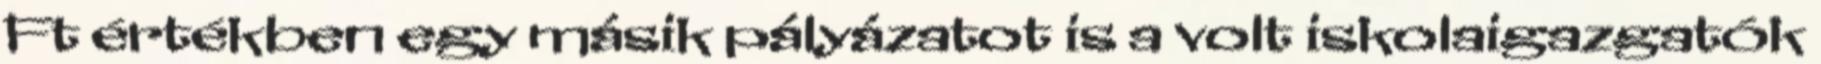
Ft értékben egy másik pályázatot is a volt iskolaigazgatók